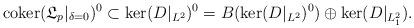
LaTeX: \begin{align*}{\rm coker}(\mathfrak{L}_p|_{\delta=0})^0\subset \ker(D|_{L^2})^0=B(\ker(D|_{L^2})^0)\oplus \ker(D|_{L^2_1}).\end{align*}